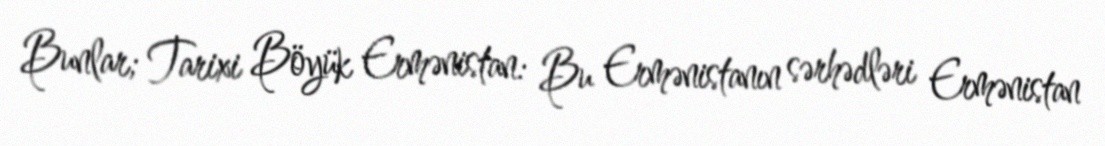
Bunlar; Tarixi Böyük Ermənistan: Bu Ermənistanın sərhədləri Ermənistan